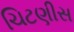
ચિટણીસ